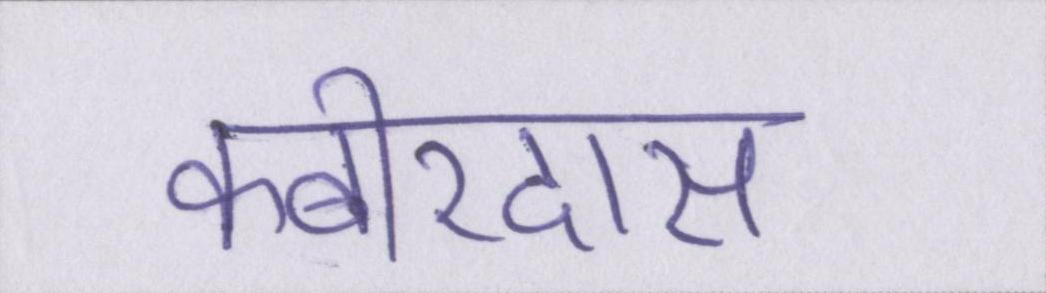
कबीरदास